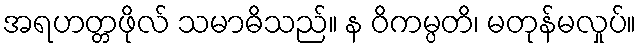
အရဟတ္တဖိုလ် သမာဓိသည်။ န ဝိကမ္ပတိ၊ မတုန်မလှုပ်။